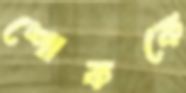
শোককে